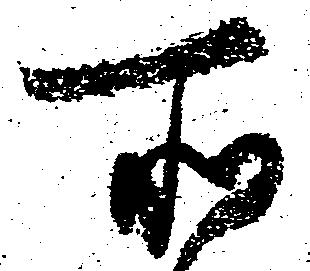
所